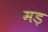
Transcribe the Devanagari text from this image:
मड़